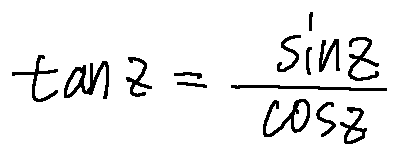
\tan z = \frac { \sin z } { \cos z }